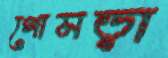
গোমড়া